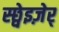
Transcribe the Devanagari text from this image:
स्छ्वेइज़ेर्